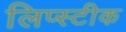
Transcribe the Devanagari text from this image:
लिप्स्टीक